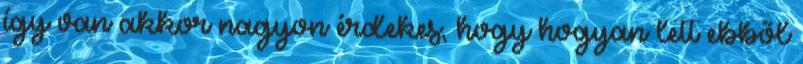
így van akkor nagyon érdekes, hogy hogyan lett ebből